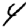
Digit: 4